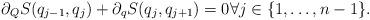
LaTeX: \begin{align*} \partial_Q S(q_{j-1}, q_j)+\partial_qS(q_j, q_{j+1})=0 \forall j\in \{ 1, \ldots, n-1\}.\end{align*}